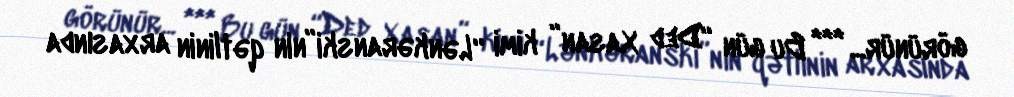
görünür... *** Bu gün “Ded Xasan” kimi “Lənkəranski”nin qətlinin arxasında